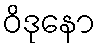
ဝိဒုနော